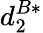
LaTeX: d_{2}^{B*}